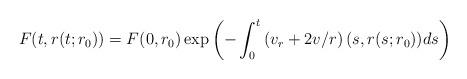
LaTeX: \begin{align*}F(t,r(t;r_{0}))=F(0,r_{0})\exp\left( -\int_{0}^{t}\left( v_{r}+2v/r\right)(s,r(s;r_{0}))ds\right) \end{align*}